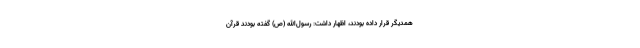
همدیگر قرار داده بودند، اظهار داشت: رسول‌الله (ص) گفته بودند قرآن